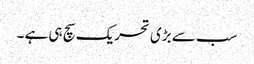
سب سے بڑی تحریک سچ ہی ہے ۔